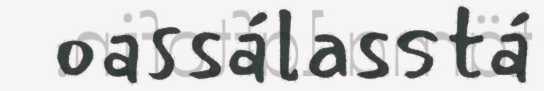
oassálasstá